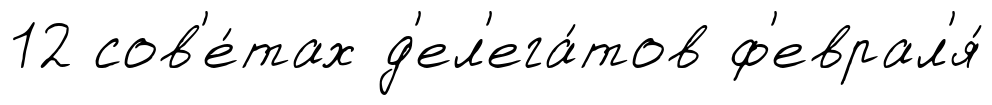
12 сов'е́тах д'ел'ега́тов ф'еврал'я́